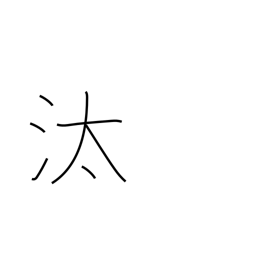
Meaning: washing